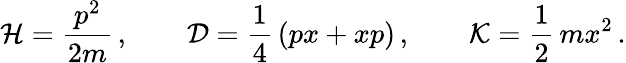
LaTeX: {\cal H}=\frac{p^{2}}{2m}\, ,\qquad{\cal D}=\frac{1}{4}\, (px+xp)\, ,\qquad{\cal K}=\frac{1}{2}\, mx^{2}\, .